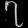
Digit: ၇